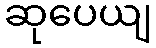
ဆုပေယျ